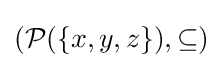
({\mathcal {P}}(\{x,y,z\}),\subseteq )